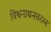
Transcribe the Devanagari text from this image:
विश्वनाथनवरत्न